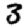
Digit: 3